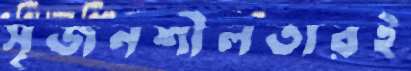
সৃজনশীলতারই